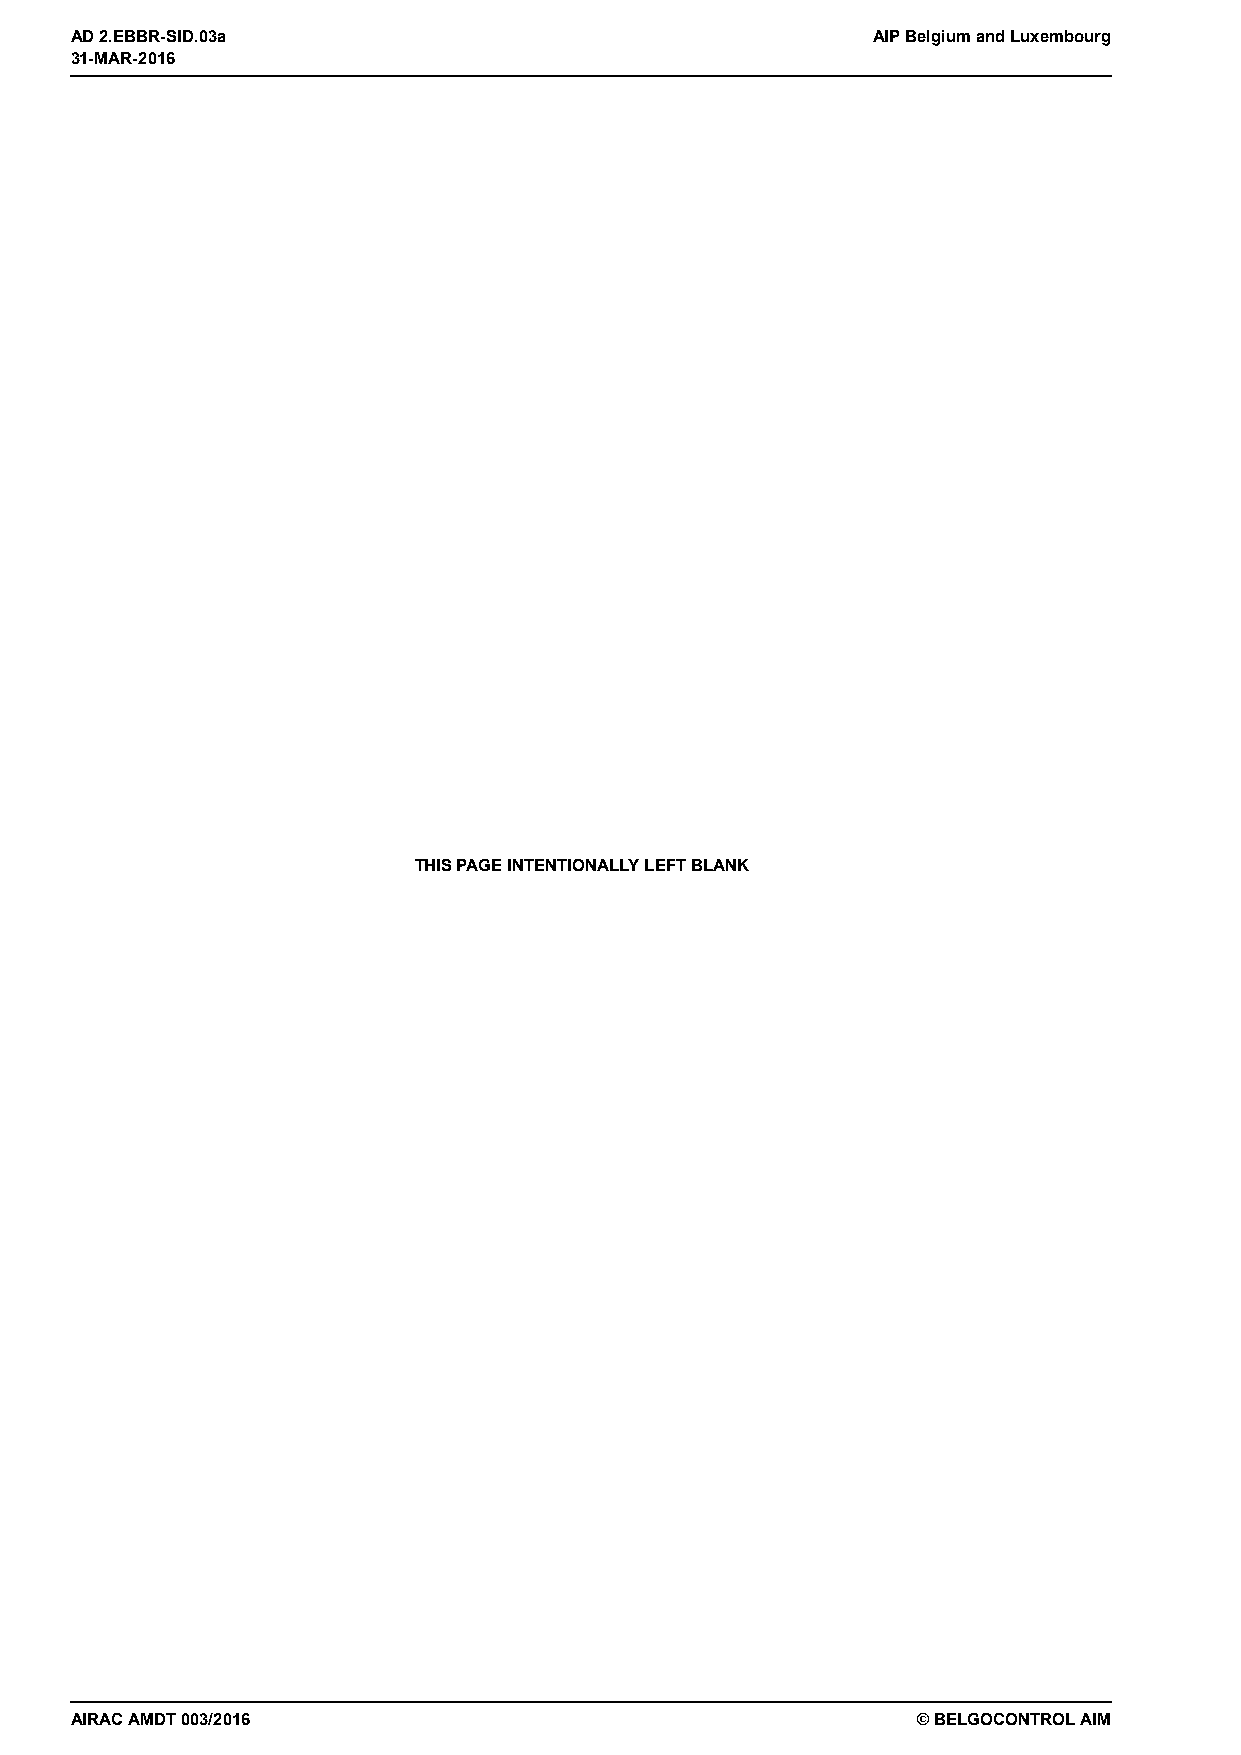
31-MAR-2016
 AD 2.EBBR-SID.03a                                    AIP Belgium and Luxembourg
 31-MAR-2016
 THIS PAGE INTENTIONALLY LEFT BLANK
 AIRAC AMDT 003/2016                                     © BELGOCONTROL AIM